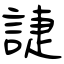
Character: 誱